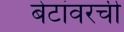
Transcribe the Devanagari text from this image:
बेटांवरची